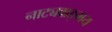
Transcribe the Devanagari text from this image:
नाट्यवाङ्‌मय